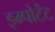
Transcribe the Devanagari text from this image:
इम्पोर्टेंट